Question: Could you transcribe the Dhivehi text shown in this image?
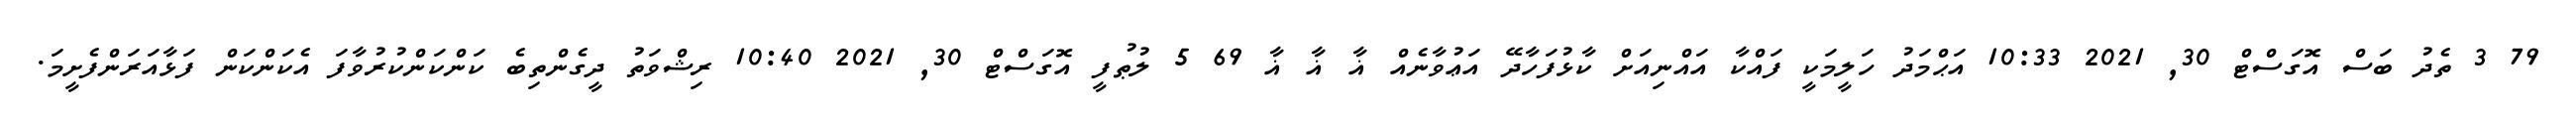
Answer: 79 3 ތެދު ބަސް އޮގަސްޓް 30, 2021 10:33 އަޙްމަދު ހަލީމަކީ ފައްކާ އައްނިއަށް ކާޅުފަހާދޭ އަޢުވާނެއް ޣާ ޣާ ޣާ 69 5 ލުޠުފީ އޮގަސްޓް 30, 2021 10:40 ރިޝްވަތު ދީގެންތިބެ ކަންކަންކުރުވާފަ އެކަންކަން ފަޅާއަރަންފެށީމަ.